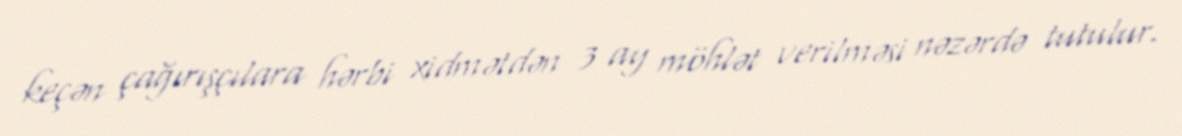
keçən çağırışçılara hərbi xidmətdən 3 ay möhlət verilməsi nəzərdə tutulur.